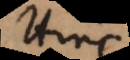
Hinc